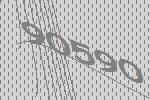
90590